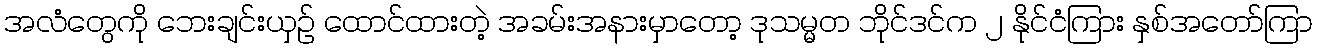
အလံတွေကို ဘေးချင်းယှဉ် ထောင်ထားတဲ့ အခမ်းအနားမှာတော့ ဒုသမ္မတ ဘိုင်ဒင်က ၂ နိုင်ငံကြား နှစ်အတော်ကြာ